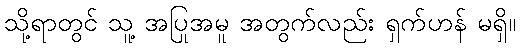
သို့ရာတွင် သူ့ အပြုအမူ အတွက်လည်း ရှက်ဟန် မရှိ။